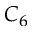
C _ { 6 }